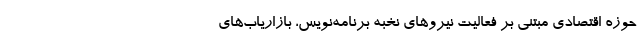
حوزه اقتصادی مبتنی بر فعالیت نیرو‌های نخبه برنامه‌نویس، بازاریاب‌های